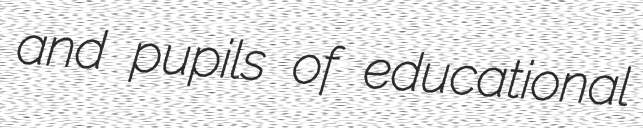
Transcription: and pupils of educational